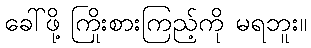
ခေါ်ဖို့ ကြိုးစားကြည့်ကို မရဘူး။